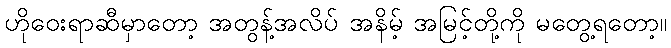
ဟိုဝေးရာဆီမှာတော့ အတွန့်အလိပ် အနိမ့် အမြင့်တို့ကို မတွေ့ရတော့။